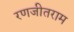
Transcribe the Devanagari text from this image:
रणजीतराम